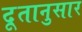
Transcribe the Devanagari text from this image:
दूतानुसार